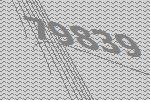
79839